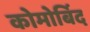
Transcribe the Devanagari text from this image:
कोमोर्बिद